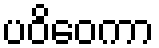
ပဝိဝေကာ